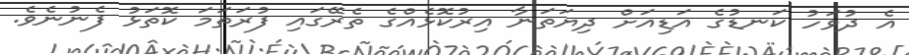
އެ ދުވަހު ކަނޑުގެ އަޑިއަށް ދިޔަތަނާ އިރުކޮޅެއްގެ ތެރޭގައި ފުރަތަމަ ކޮތަޅު ފެނުނެވެ.